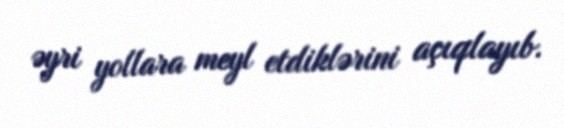
əyri yollara meyl etdiklərini açıqlayıb.